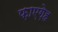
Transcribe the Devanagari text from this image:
फ़ाएग़ेह